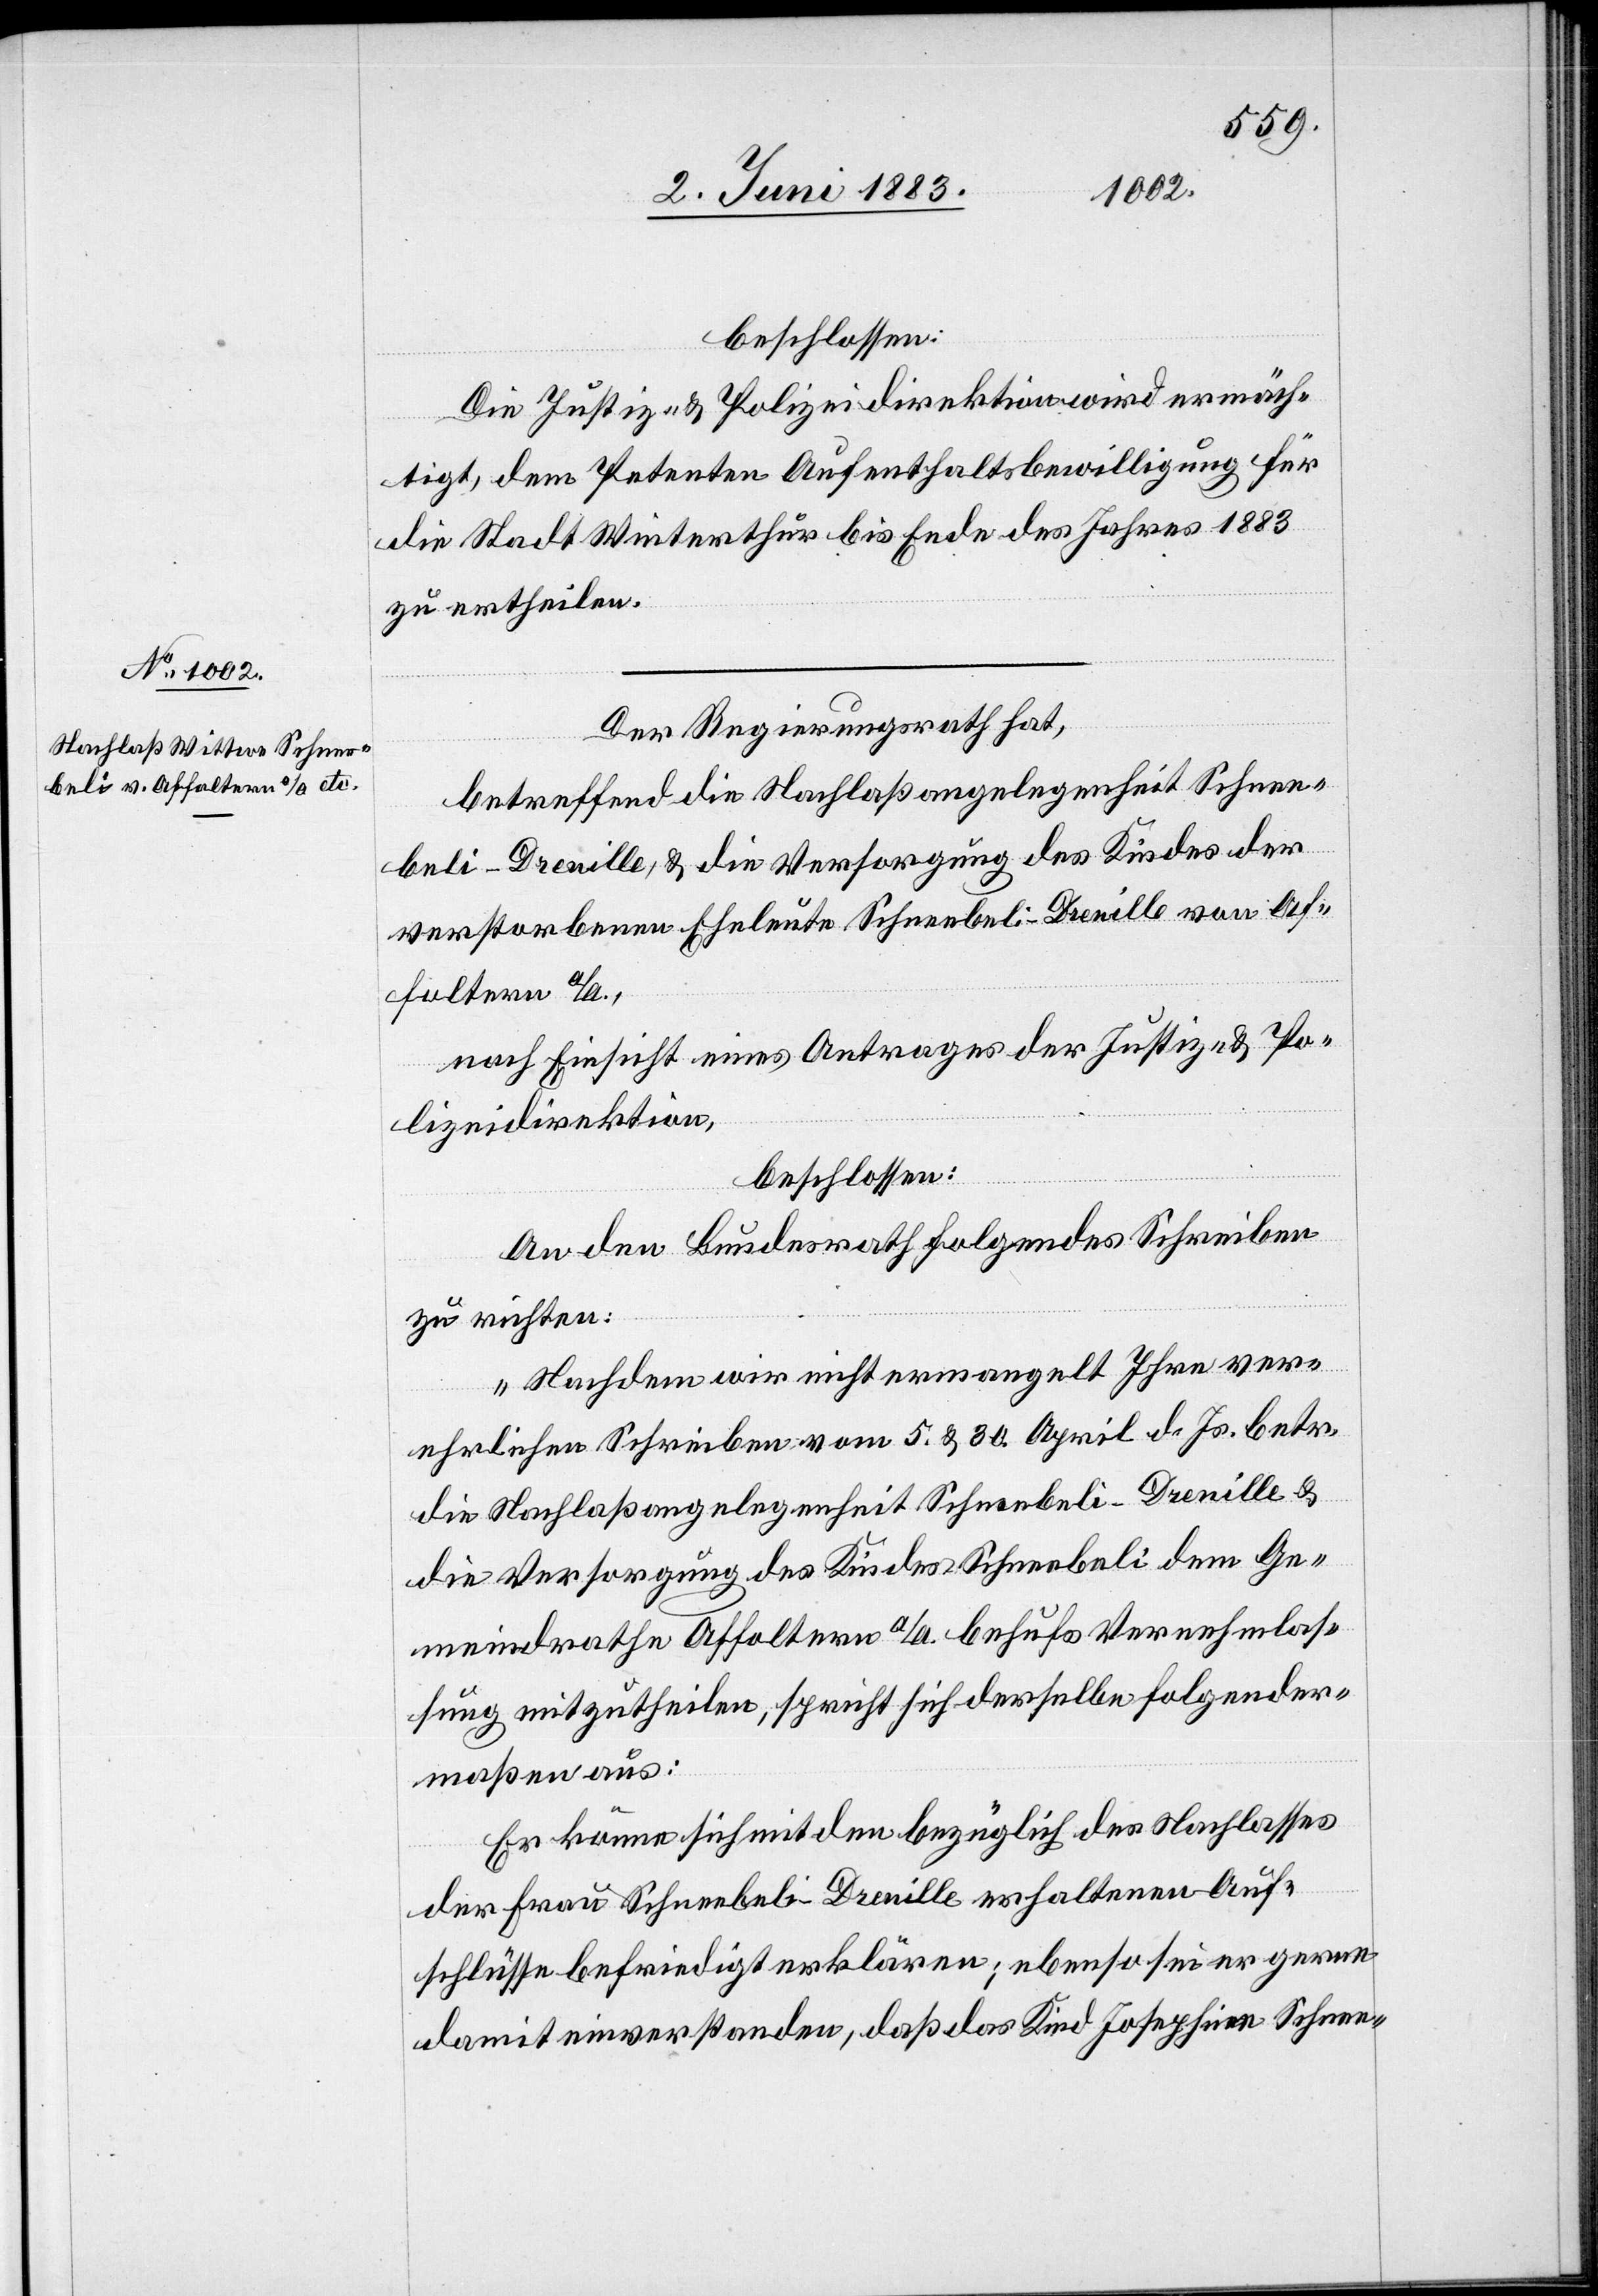
beschlossen:
Die Justiz- & Polizeidirektion wird ermäch¬
tigt, dem Petenten Aufenthaltsbewilligung für
die Stadt Winterthur bis Ende des Jahres 1883
zu ertheilen.
Der Regierungsrath hat,
betreffend die Nachlaßangelegenheit Schnee¬
beli-Drenille, & die Versorgung des Kindes der
verstorbenen Eheleute Schneebeli-Drenille von Af¬
foltern a/A.,
nach Einsicht eines Antrages der Justiz- & Po¬
lizeidirektion,
beschlossen:
An den Bundesrath folgendes Schreiben
zu richten:
„Nachdem wir nicht ermangelt Ihre ver¬
ehrlichen Schreiben vom 5. & 30. April d. Js. betr.
die Nachlaßangelegenheit Schneebeli-Drenille &
die Versorgung des Kindes Schneebeli dem Ge¬
meindrathe Affoltern a/A. behufs Vernehmlas¬
sung mitzutheilen, spricht sich derselbe folgender¬
maßen aus:
Er könne sich mit den bezüglich des Nachlasses
der Frau Schneebeli-Drenille erhaltenen Auf¬
schlüsse[n] befriedigt erklären; ebenso sei er gerne
damit einverstanden, daß das Kind Josephine Schnee-